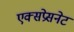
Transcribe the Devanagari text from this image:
एक्सप्रेसनेट